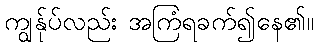
ကျွန်ုပ်လည်း အကြံရခက်၍နေ၏။